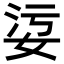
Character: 𡜂